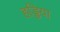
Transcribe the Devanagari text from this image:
हड्डिया